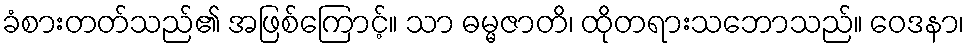
ခံစားတတ်သည်၏ အဖြစ်ကြောင့်။ သာ ဓမ္မဇာတိ၊ ထိုတရားသဘောသည်။ ဝေဒနာ၊